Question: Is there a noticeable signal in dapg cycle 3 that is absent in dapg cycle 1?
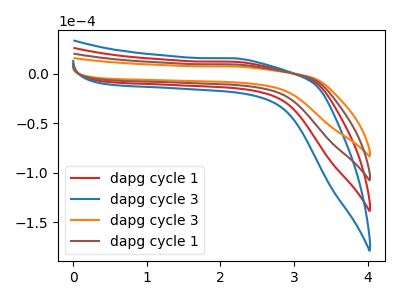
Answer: <think>The red curve "dapg cycle 1" has no peaks. The blue curve "dapg cycle 3" has no peaks. The orange curve "dapg cycle 3" has no peaks. The brown curve "dapg cycle 1" has no peaks.
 Neither "dapg cycle 3" or "dapg cycle 1" have any peaks.</think>
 <answer>No, "dapg cycle 3" and "dapg cycle 1" don't appear to be significantly different in shape</answer>
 <eval>no_change</eval>